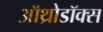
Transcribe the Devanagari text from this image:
ऑथ्रोडॉक्स